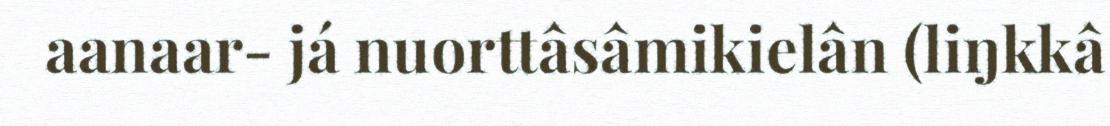
aanaar- já nuorttâsâmikielân (liŋkkâ